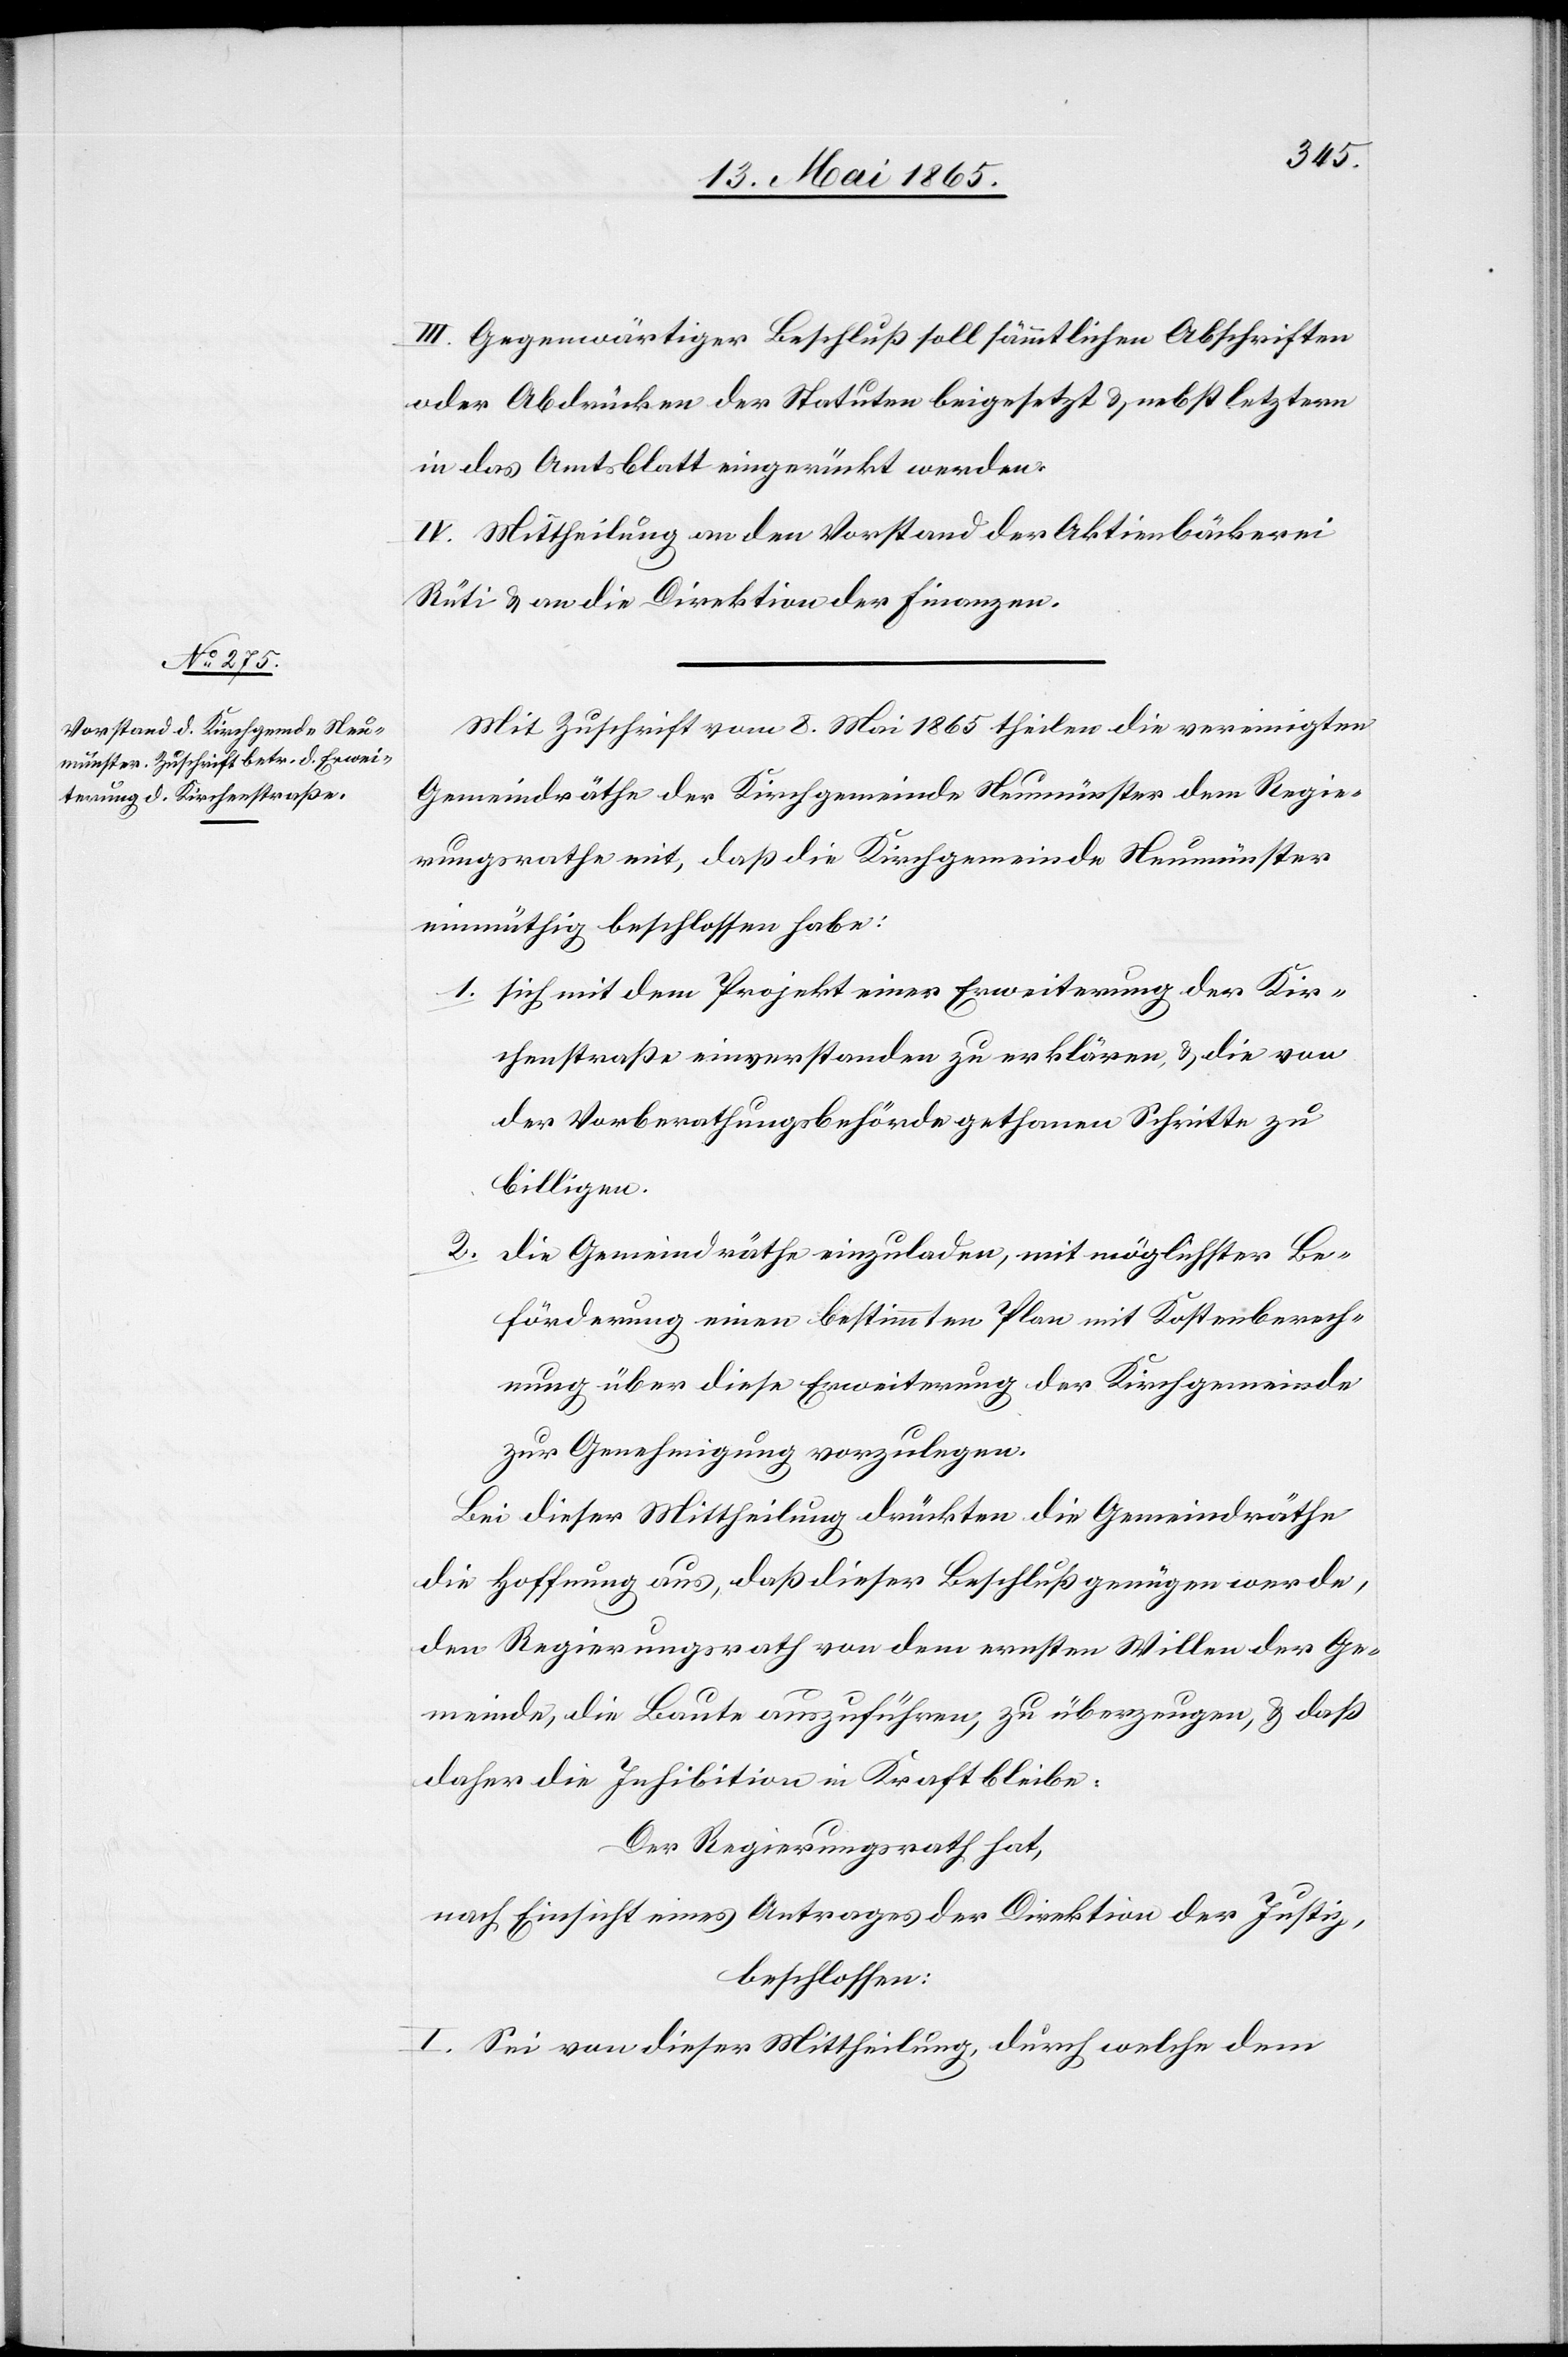
III. Gegenwärtiger Beschluß soll sämmtlichen Abschriften
oder Abdrücken der Statuten beigesetzt & nebst letztern
in das Amtsblatt eingerückt werden.
IV. Mittheilung an den Vorstand der Aktienbäckerei
Rüti & an die Direktion der Finanzen.
Mit Zuschrift vom 8. Mai 1865 theilen die vereinigten
Gemeindräthe der Kirchgemeinde Neumünster dem Regie¬
rungsrathe mit, daß die Kirchgemeinde Neumünster
einmüthig beschlossen habe:
1. sich mit dem Projekt einer Erweiterung der Kir¬
chenstraße einverstanden zu erklären, & die von
der Vorberathungsbehörde gethanen Schritte zu
billigen.
2.
Die Gemeindräthe einzuladen, mit möglichster Be¬
förderung einen bestimmten Plan mit Kostenberech¬
nung über diese Erweiterung der Kirchgemeinde
zur Genehmigung vorzulegen.
Bei dieser Mittheilung drückten die Gemeindräthe
die Hoffnung aus, daß dieser Beschluß genügen werde,
den Regierungsrath von dem ernsten Willen der Ge¬
meinde, die Baute auszuführen, zu überzeugen, & daß
daher die Inhibition in Kraft bleibe.
Der Regierungsrath hat,
nach Einsicht eines Antrages der Direktion der Justiz,
beschlossen.
I. Sei von dieser Mittheilung, durch welche dem